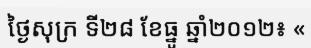
ថ្ងៃសុក្រ ទី២៨ ខែធ្នូ ឆ្នាំ២០១២៖ «